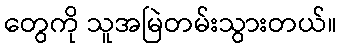
တွေကို သူအမြဲတမ်းသွားတယ်။